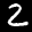
Label: 2